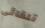
تلقائي